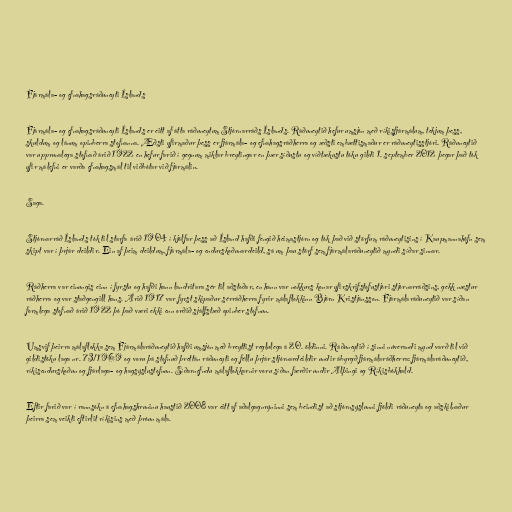
Fjármála- og efnahagsráðuneyti Íslands

Fjármála- og efnahagsráðuneyti Íslands er eitt af átta ráðuneytum Stjórnarráðs Íslands. Ráðuneytið hefur umsjón með ríkisfjármálum, tekjum þess,
skuldum og lánum opinberra stofnanna. Æðsti yfirmaður þess er fjármála- og efnahagsráðherra og æðsti embættismaður er ráðuneytisstjóri. Ráðuneytið
var upprunalega stofnað árið 1922 en hefur farið í gegnum miklar breytingar en þær síðustu og víðtækustu tóku gildi 1. september 2012 þegar það tók
yfir málefni er varða efnahagsmál til viðbótar við fjármálin.

Saga.

Stjórnarráð Íslands tók til starfa árið 1904 í kjölfar þess að Ísland hafði fengið heimastjórn og tók það við störfum ráðuneytisins í Kaupmannahöfn sem
skipt var í þrjár deildir. Ein af þeim deildum, fjármála- og endurskoðunardeild, sá um þau störf sem fjármálaráðuneytið myndi síðar sinnar.

Ráðherra var einungis einn í fyrstu og hafði hann landritara sér til aðstoðar, en hann var nokkurs konar yfirskrifstofustjóri stjórnarráðsins, gekk næstur
ráðherra og var staðgengill hans. Árið 1917 var fyrst skipaður sérráðherra fyrir málaflokkinn Björn Kristjánsson. Fjármálaráðuneytið var síðan
formlega stofnað árið 1922 þó það væri ekki enn orðið sjálfstæð opinber stofnun.

Umsvif þeirra málaflokka sem Fjármálaráðuneytið hafði umsjón með breyttist reglulega á 20. öldinni. Ráðuneytið í sinni núverandi mynd varð til við
gildistöku laga nr. 73/1969 og voru þá stofnuð þrettán ráðuneyti og féllu þrjár stjórnardeildir undir ábyrgð fjármálaráðherra: fjármálaráðuneytið,
ríkisendurskoðun og fjárlaga- og hagsýslustofnun. Síðarnefndu málaflokkarnir voru síðan færðir undir Alþingi og Ríkisbókhald.

Eftir farið var í rannsókn á efnahagshruninu haustið 2008 var eitt af aðalgagnrýninni sem beindist að stjórnsýslunni fjöldi ráðuneyta og aðskilnaður
þeirra sem veikti eftirlit ríkisins með þróun mála.